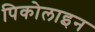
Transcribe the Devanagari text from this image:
पिकोलाइन